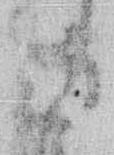
る